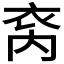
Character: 𮶿